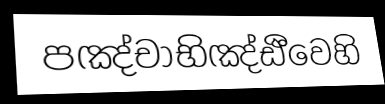
පඤ්චාභිඤ්ඪීවෙහි